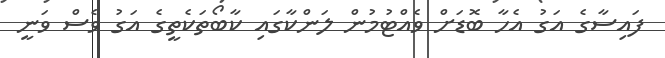
ފައިސާގެ އަގު އެހާ ބޮޑަށް ވެއްޓުމުން ލަންކާގައި ކާބޯތަކެތީގެ އަގު ވެސް ވަނީ